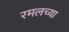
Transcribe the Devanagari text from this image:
रमलच्या